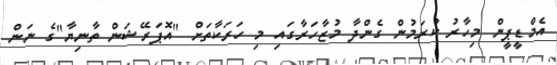
އެމްޑީޕީން މިހާރު ކުރަމުން ގެންދާ މުޒާހަރާގައި މި ހަރަކާތަށް "އޮޕަރޭޝަން ތާނިޔާ"ގެ ނަން